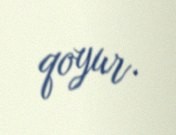
qoyur.